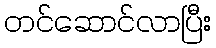
တင်ဆောင်လာပြီး